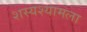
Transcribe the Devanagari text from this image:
शस्यश्यामला